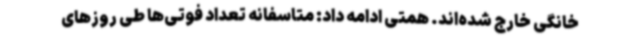
خانگی خارج شده‌اند. همتی ادامه داد: متاسفانه تعداد فوتی‌ها طی روزهای